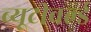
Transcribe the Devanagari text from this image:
ब्यूटीवर्ल्ड